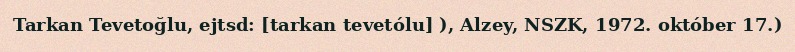
Tarkan Tevetoğlu, ejtsd: [tarkan tevetólu] ), Alzey, NSZK, 1972. október 17.)